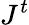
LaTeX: J^{t}